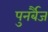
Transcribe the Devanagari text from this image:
पुनर्बैज